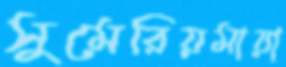
সুমেরিয়মায়া